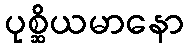
ပုစ္ဆိယမာနော